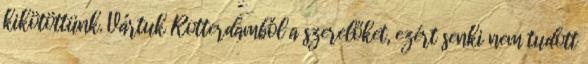
kikötöttünk. Vártuk Rotterdamból a szerelőket, ezért senki nem tudott